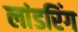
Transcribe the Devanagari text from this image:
लांडरिंग